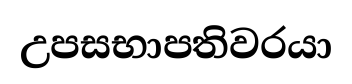
උපසභාපතිවරයා